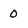
Character: 0